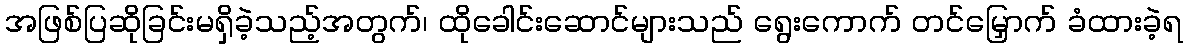
အဖြစ်ပြဆိုခြင်းမရှိခဲ့သည့်အတွက်၊ ထိုခေါင်းဆောင်များသည် ရွေးကောက် တင်မြှောက် ခံထားခဲ့ရ